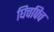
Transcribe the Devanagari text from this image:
घिचपिच